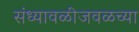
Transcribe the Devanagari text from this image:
संध्यावळीजवळच्या